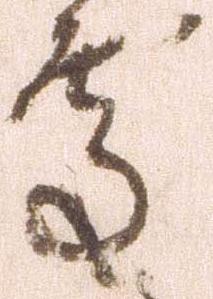
処